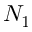
N _ { 1 }